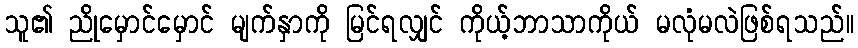
သူ၏ ညိုမှောင်မှောင် မျက်နှာကို မြင်ရလျှင် ကိုယ့်ဘာသာကိုယ် မလုံမလဲဖြစ်ရသည်။